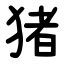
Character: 猪